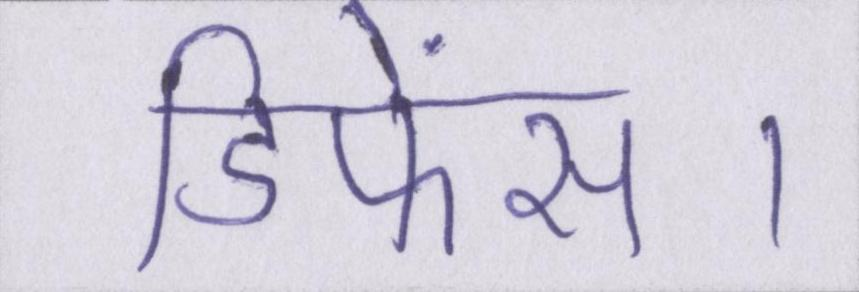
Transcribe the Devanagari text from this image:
डिफेंस।